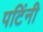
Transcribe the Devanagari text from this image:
पटिंनी